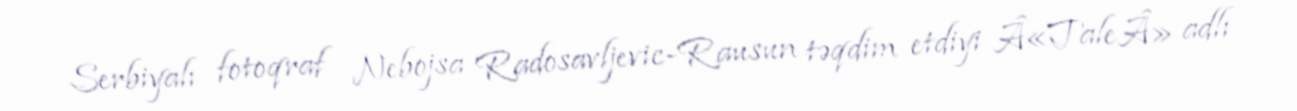
Serbiyalı fotoqraf Nebojsa Radosavljevic-Rausun təqdim etdiyi Â«TaleÂ» adlı